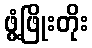
ဖွံ့ဖြိုးတိုး